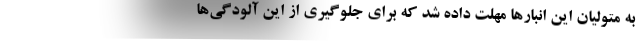
به متولیان این انبارها مهلت داده شد که برای جلوگیری از این آلودگی‌ها